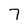
Character: 7